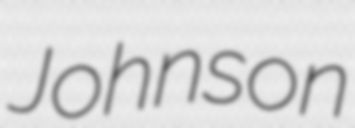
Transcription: Johnson